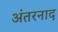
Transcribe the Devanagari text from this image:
अंतरनाद